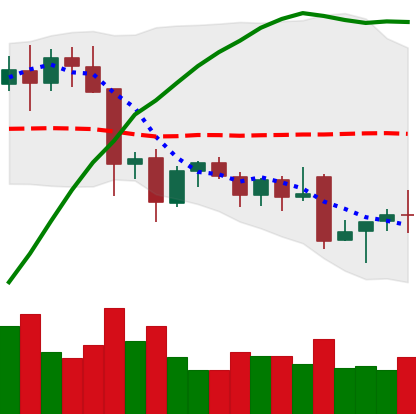
Ticker: EOS-USD
Chart end date: 2021-11-30
Forward return: -24.254%
Label: down_7plus